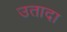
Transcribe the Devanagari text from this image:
उतादा